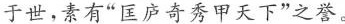
于世，素有“匡庐奇秀甲天下”之誉